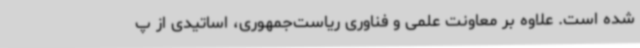
شده است. علاوه بر معاونت علمی و فناوری ریاست‌جمهوری، اساتیدی از پ